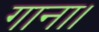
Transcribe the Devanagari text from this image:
गाना।